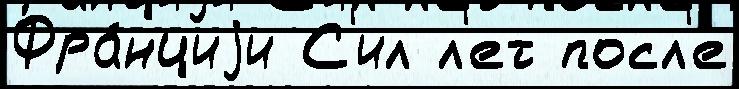
Фра́нциjи С'ил л'ет посл'е